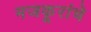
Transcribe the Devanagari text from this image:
मजकूरांचे